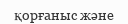
қорғаныс және